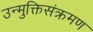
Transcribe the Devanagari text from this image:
उन्मुक्तिसंक्रमण